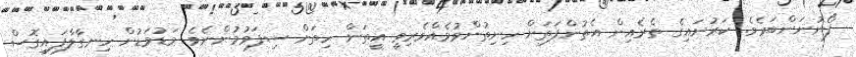
ފޯނުނަންބަރެވެ. ކަރުނައިގެ ތެރެއިން އެތުންފަތަށް ހިނިތުންވުމެއްވެރިވީ އީތަން ހިތަށް ސިފަވުމުންނެވެ. މަޑުމަޑުން ހިނގާލާފައިގޮސް